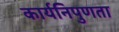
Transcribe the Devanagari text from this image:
कार्यनिपुणता